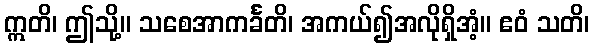
ဣတိ၊ ဤသို့။ သစေအာကင်္ခတိ၊ အကယ်၍အလိုရှိအံ့။ ဧဝံ သတိ၊